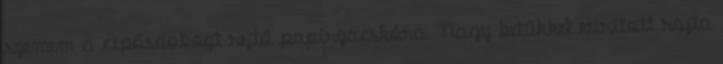
szemem a cipősdobozt rejtő papírzacskóra. Nagy betűkkel virított rajta